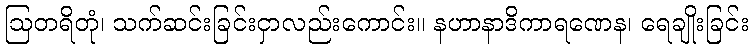
ဩတရိတုံ၊ သက်ဆင်းခြင်းငှာလည်းကောင်း။ နဟာနာဒိကာရဏေန၊ ရေချိုးခြင်း